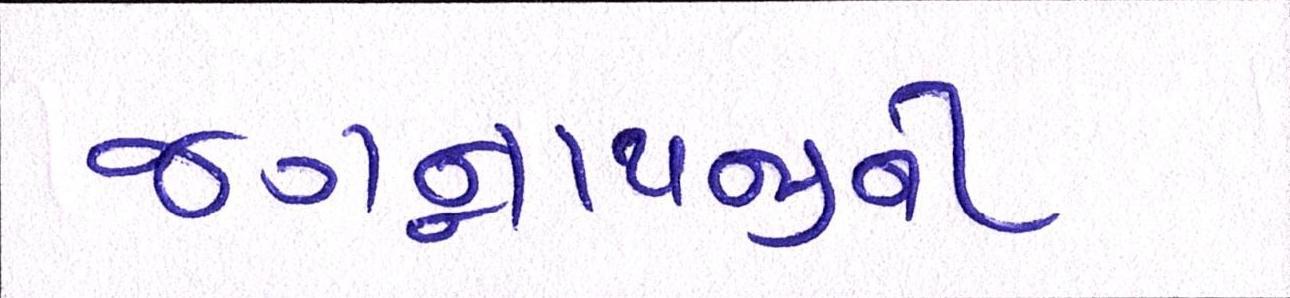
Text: જગન્નાથજીની